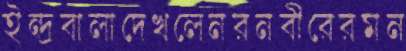
ইন্দ্রবালাদেখলেনরনবীরেরমন